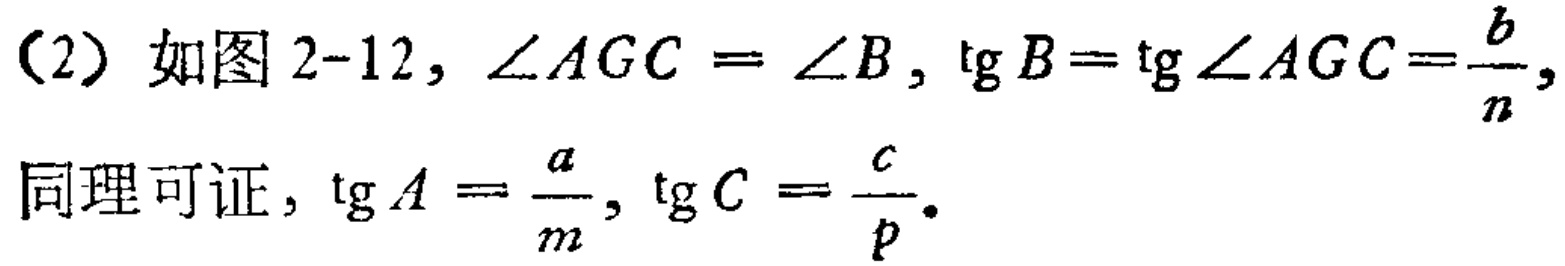
（2）如图2-12, \(\angle AGC = \angle B\), \(\tg B=\tg\angle AGC=\frac{b}{n}\),
同理可证, \(\tg A = \frac{a}{m}\), \(\tg C = \frac{c}{p}\).